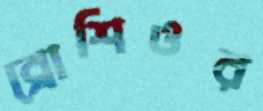
ব্রোশিওর